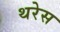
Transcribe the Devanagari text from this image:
थरेस